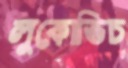
লুকোভিচ